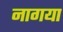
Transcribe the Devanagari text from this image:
नागया